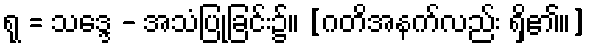
ရု = သဒ္ဒေ - အသံပြုခြင်း၌။ [ဂတိအနက်လည်း ရှိ၏။]